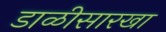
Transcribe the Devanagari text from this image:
डाळीसारखा